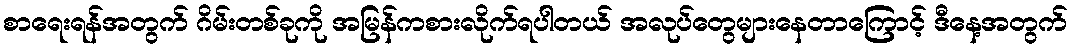
စာရေးရန်အတွက် ဂိမ်းတစ်ခုကို အမြန်ကစားလိုက်ရပါတယ် အလုပ်တွေများနေတာကြောင့် ဒီနေ့အတွက်